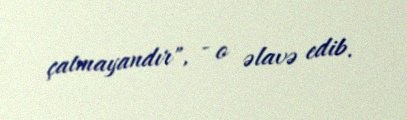
çatmayandır", - o əlavə edib.